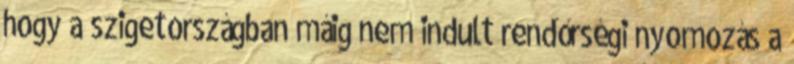
hogy a szigetországban máig nem indult rendőrségi nyomozás a